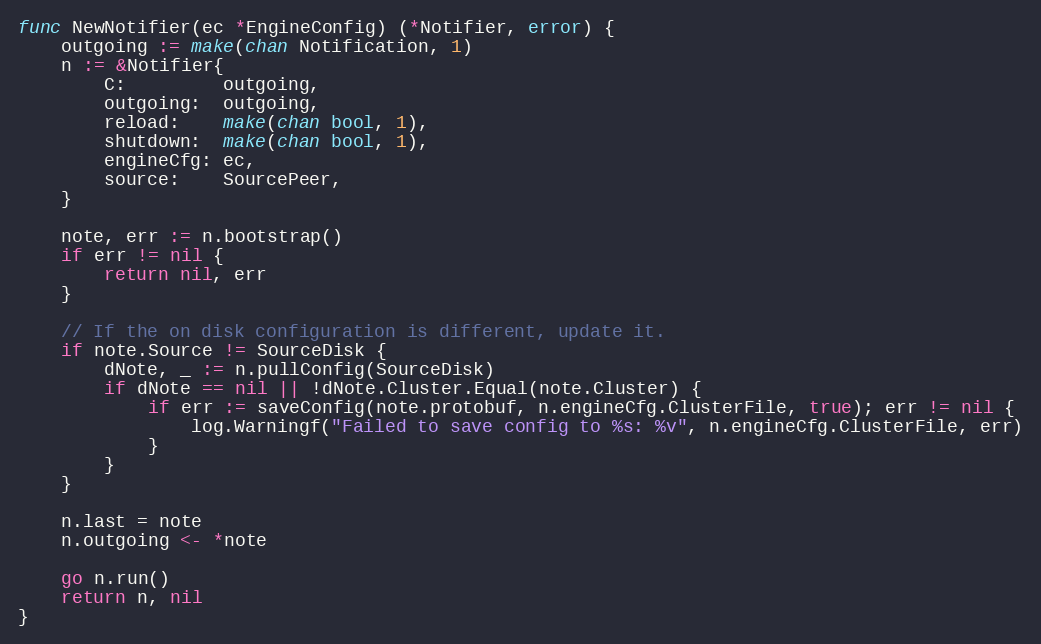
Language: Go
func NewNotifier(ec *EngineConfig) (*Notifier, error) {
	outgoing := make(chan Notification, 1)
	n := &Notifier{
		C:         outgoing,
		outgoing:  outgoing,
		reload:    make(chan bool, 1),
		shutdown:  make(chan bool, 1),
		engineCfg: ec,
		source:    SourcePeer,
	}

	note, err := n.bootstrap()
	if err != nil {
		return nil, err
	}

	// If the on disk configuration is different, update it.
	if note.Source != SourceDisk {
		dNote, _ := n.pullConfig(SourceDisk)
		if dNote == nil || !dNote.Cluster.Equal(note.Cluster) {
			if err := saveConfig(note.protobuf, n.engineCfg.ClusterFile, true); err != nil {
				log.Warningf("Failed to save config to %s: %v", n.engineCfg.ClusterFile, err)
			}
		}
	}

	n.last = note
	n.outgoing <- *note

	go n.run()
	return n, nil
}